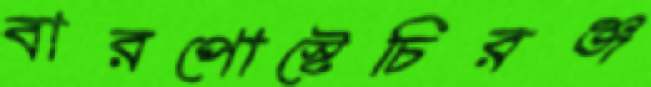
বারপোস্টেচিরঞ্জ